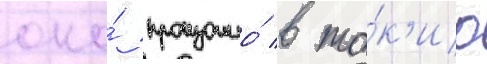
оно́ произошло́ в то́к'ио